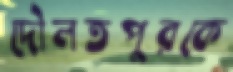
দৌলতপুরকে